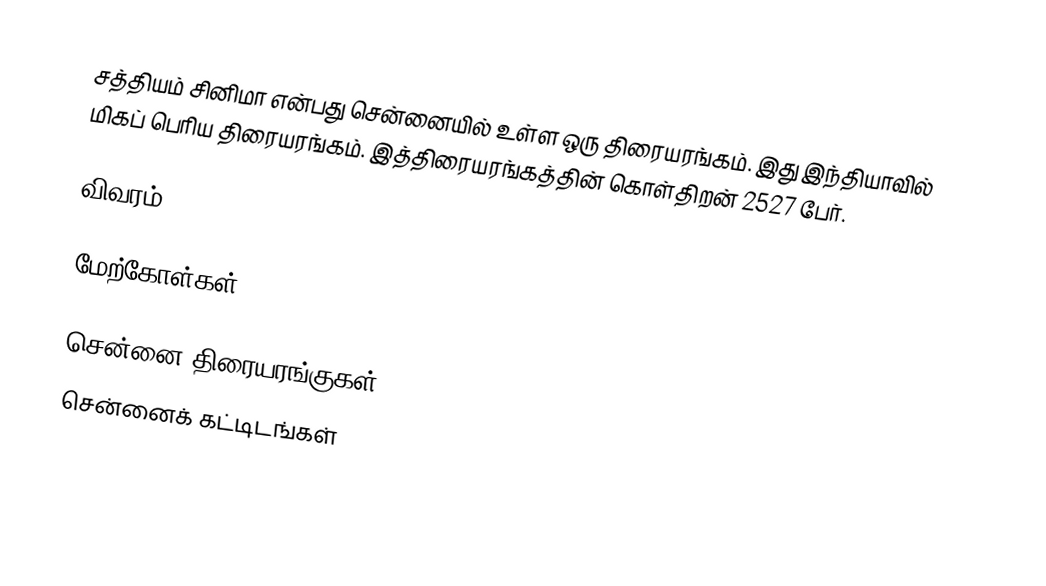
சத்தியம் சினிமா என்பது சென்னையில் உள்ள ஒரு திரையரங்கம். இது இந்தியாவில் மிகப் பெரிய திரையரங்கம். இத்திரையரங்கத்தின் கொள்திறன் 2527 பேர்.

விவரம்

மேற்கோள்கள்

சென்னை திரையரங்குகள்
சென்னைக் கட்டிடங்கள்